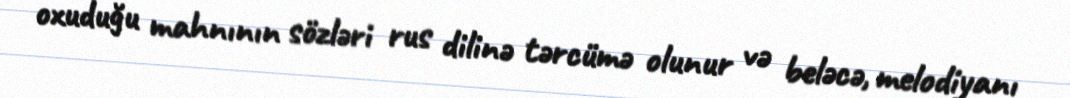
oxuduğu mahnının sözləri rus dilinə tərcümə olunur və beləcə, melodiyanı